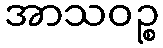
အာသဝဉ္စ